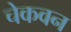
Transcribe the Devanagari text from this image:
चेकवन